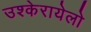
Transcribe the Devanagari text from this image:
उश्केरायेलो